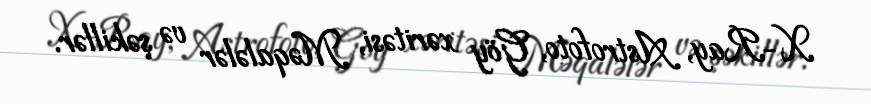
X-Ray, Astrofoto, Göy xəritəsi, Məqalələr və şəkillər.